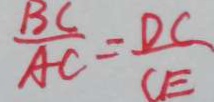
\frac { B C } { A C } = \frac { D C } { C E }